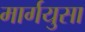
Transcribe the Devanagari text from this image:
मार्गयुसा